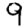
Digit: 9